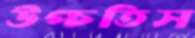
উপ্‌চতিস